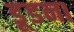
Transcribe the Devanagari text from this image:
डूडना